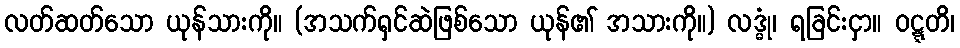
လတ်ဆတ်သော ယုန်သားကို။ (အသက်ရှင်ဆဲဖြစ်သော ယုန်၏ အသားကို။) လဒ္ဓုံ၊ ရခြင်းငှာ။ ဝဋ္ဋတိ၊